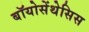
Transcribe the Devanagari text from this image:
बॉयोसेंथेसिस